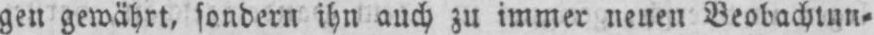
gen gewährt, sondern ihn auch zu immer neuen Beobachtun⸗